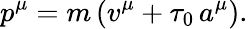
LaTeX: p^{\mu}=m\, (v^{\mu}+\tau_{0}\, a^{\mu}).